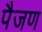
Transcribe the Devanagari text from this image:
पैजण